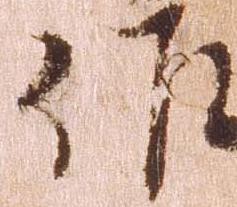
作